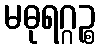
မဓုရဂ္ဂဉ္စ